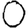
Digit: 0